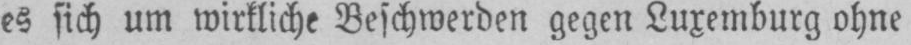
Beschwerden gegen Luxemburg ohne